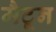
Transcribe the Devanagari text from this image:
मैटून